Vaccination in Bombay 1863-1868 - 1863-1868
Year: 1863
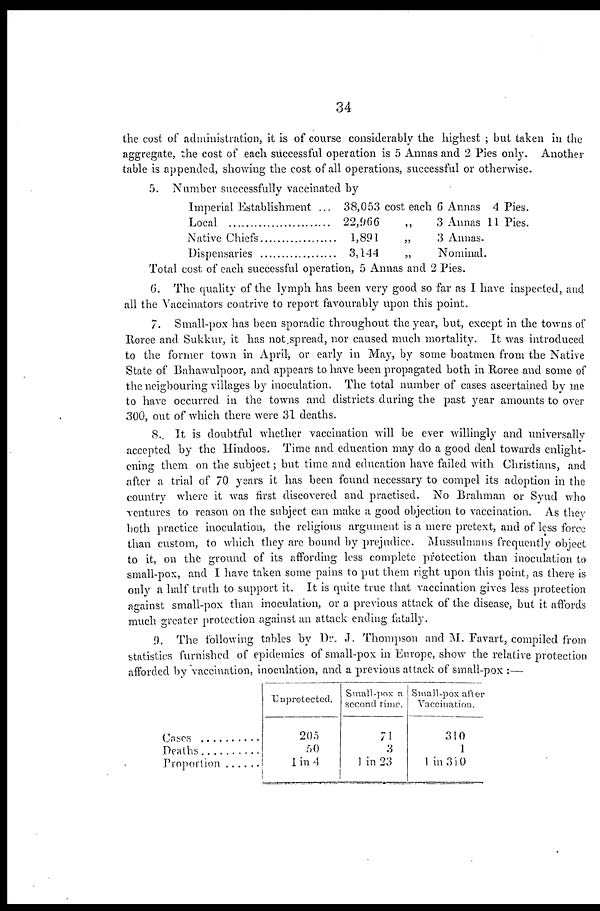
34
the cost of administration, it is of course considerably the highest ; but taken in the
aggregate, the cost of each successful operation is 5 Annas and 2 Pies only. Another
table is appended, showing the cost of all operations, successful or otherwise.
5. Number successfully vaccinated by
Imperial Establishment ....
Local .................................
Native Chiefs ....................
Dispensaries .....................
38,053 cost each 6 Annas 4 Pies.
22,966
„
3 Annas 11 Pies.
1,891
„
3 Annas.
3,144
„
Nominal.
Total cost of each successful operation, 5 Annas and 2 Pies.
6. The quality of the lymph has been very good so far as I have inspected, and
all the Vaccinators contrive to report favourably upon this point.
7. Small-pox has been sporadic throughout the year, but, except in the towns of
Roree and Sukkur, it has not spread, nor caused much mortality. It was introduced
to the former town in April, or early in May, by some boatmen from the Native
State of Bahawulpoor, and appears to have been propagated both in Roree and some of
the neigbouring villages by inoculation. The total number of cases ascertained by me
to have occurred in the towns and districts during the past year amounts to over
300, out of which there were 31 deaths.
8. It is doubtful whether vaccination will be ever willingly and universally
accepted by the Hindoos. Time and education may do a good deal towards enlight-
ening them on the subject; but time and education have failed with Christians, and
after a trial of 70 years it has been found necessary to compel its adoption in the
country where it was first discovered and practised. No Brahman or Syud who
ventures to reason on the subject can make a good objection to vaccination. As they
both practice inoculation, the religious argument is a mere pretext, and of less force
than custom, to which they are bound by prejudice. Mussulmans frequently object
to it, on the ground of its affording less complete protection than inoculation to
small-pox, and I have taken some pains to put them right upon this point, as there is
only a half truth to support it. It is quite true that vaccination gives less protection
against small-pox than inoculation, or a previous attack of the disease, but it affords
much greater protection against an attack ending fatally.
9. The following tables by Dr. J. Thompson and M. Favart, compiled from
statistics furnished of epidemics of small-pox in Europe, show the relative protection
afforded by vaccination, inoculation, and a previous attack of small-pox :—
Cases ...................
Deaths .................
Proportion ...........
Unprotected.
205
50
1 in 4
Small-pox a
second time.
71
3
1 in 23
Small-pox after
Vaccination.
310
1
1 in 310